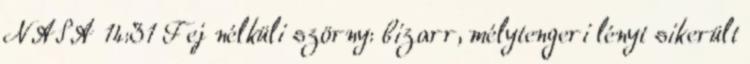
NASA 14:31 Fej nélküli szörny: bizarr, mélytengeri lényt sikerült